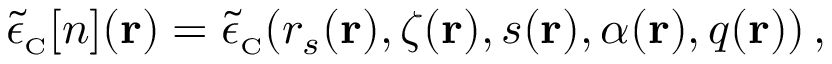
\tilde { \epsilon } _ { \scriptscriptstyle \mathrm { C } } [ n ] ( { \bf r } ) = \tilde { \epsilon } _ { \scriptscriptstyle \mathrm { C } } ( r _ { s } ( { \bf r } ) , \zeta ( { \bf r } ) , s ( { \bf r } ) , \alpha ( { \bf r } ) , q ( { \bf r } ) ) \, ,